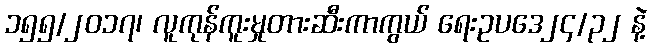
၁၅၅/၂၀၁၇၊ လူကုန်ကူးမှုတားဆီးကာကွယ် ရေးဥပဒေ၂၄/၃၂ နဲ့